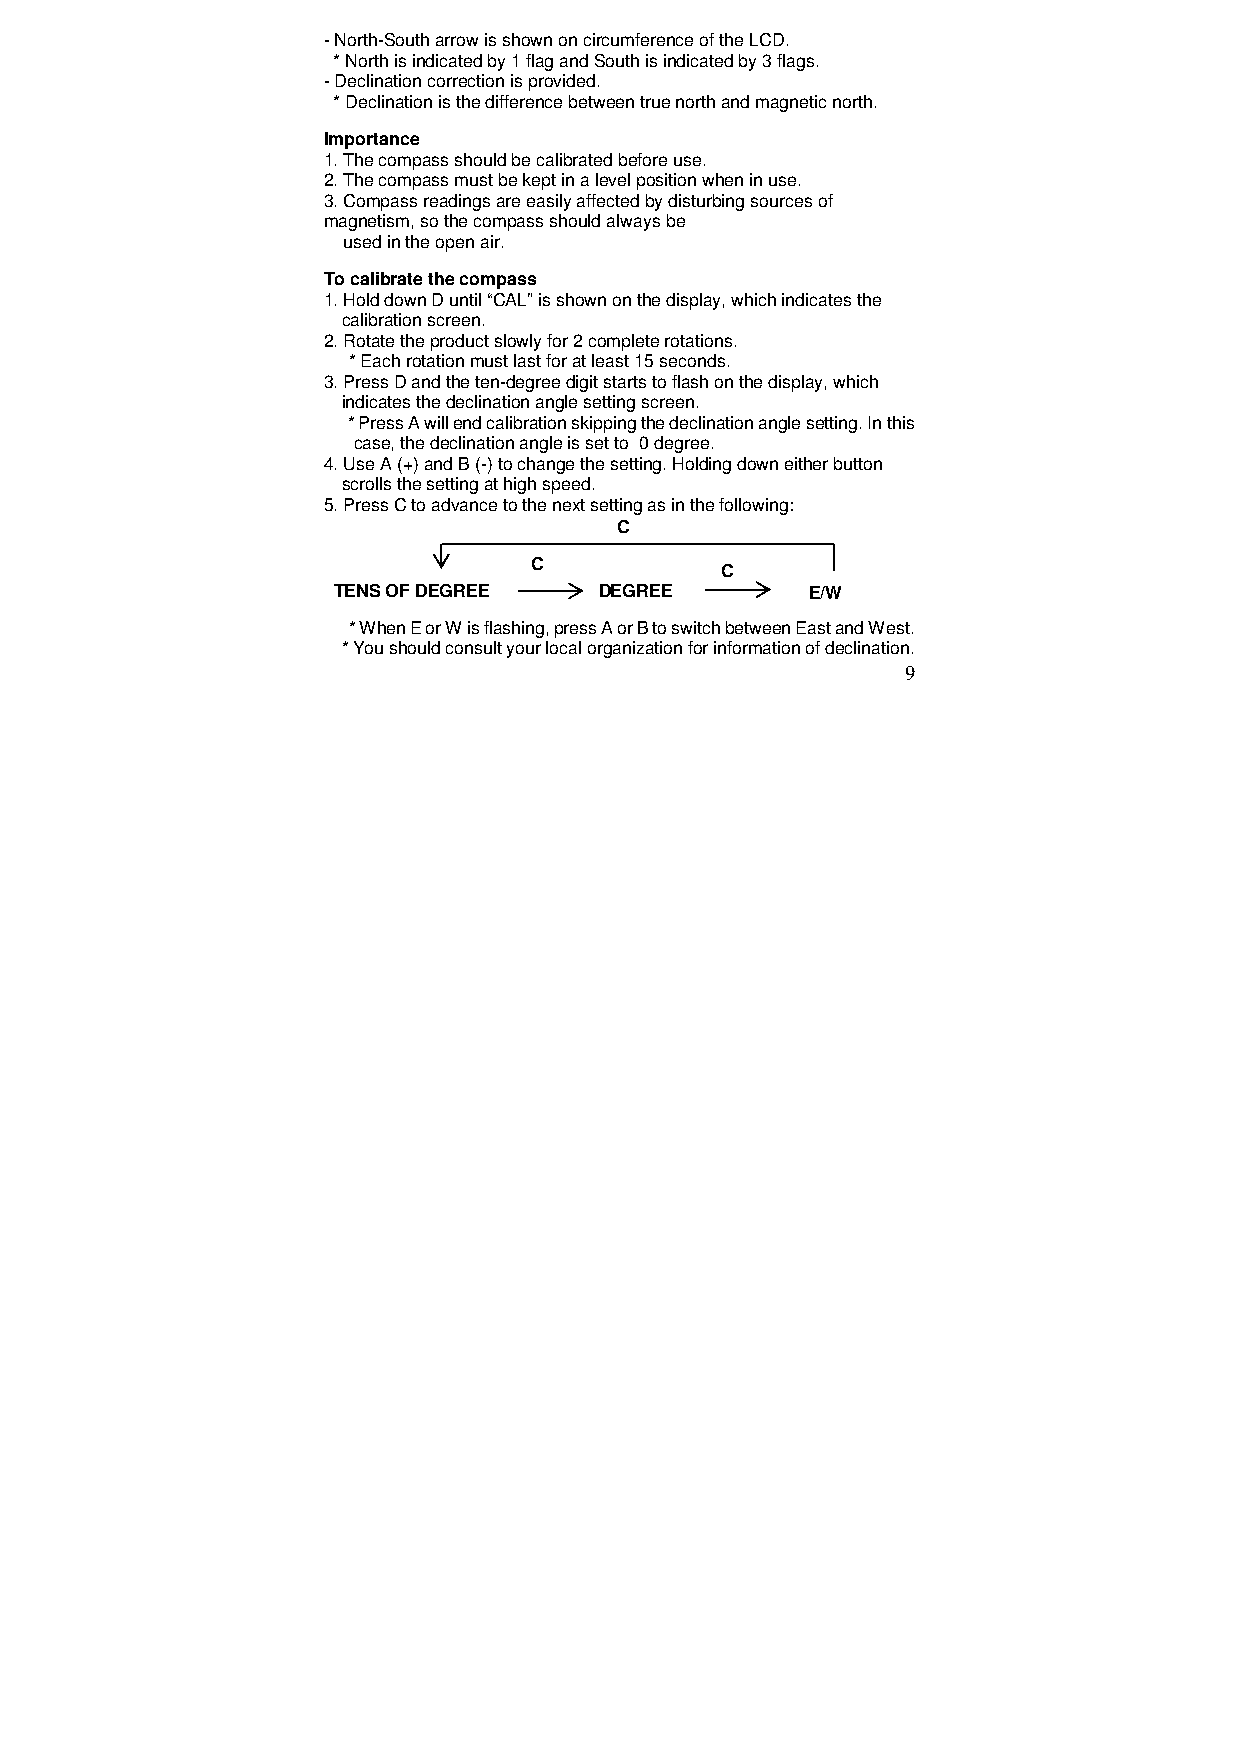
- North-South arrow is shown on circumference of the LCD.
 * North is indicated by 1 flag and South is indicated by 3 flags.
 - Declination correction is provided.
 * Declination is the difference between true north and magnetic north.
 Importance
 1. The compass should be calibrated before use.
 2. The compass must be kept in a level position when in use.
 3. Compass readings are easily affected by disturbing sources of
 magnetism, so the compass should always be
 used in the open air.
 To calibrate the compass
 1. Hold down D until “CAL” is shown on the display, which indicates the
 calibration screen.
 2. Rotate the product slowly for 2 complete rotations.
 * Each rotation must last for at least 15 seconds.
 3. Press D and the ten-degree digit starts to flash on the display, which
 indicates the declination angle setting screen.
 * Press A will end calibration skipping the declination angle setting. In this
 case, the declination angle is set to 0 degree.
 4. Use A (+) and B (-) to change the setting. Holding down either button
 scrolls the setting at high speed.
 5. Press C to advance to the next setting as in the following:
 C
 C
 C
 TENS OF DEGREE    DEGREE        E/W
 * When E or W is flashing, press A or B to switch between East and West.
 * You should consult your local organization for information of declination.
 9